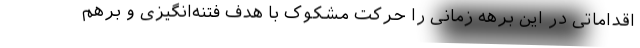
اقداماتی در این برهه زمانی را حرکت مشکوک با هدف فتنه‌انگیزی و برهم